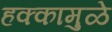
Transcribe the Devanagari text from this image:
हक्कामुळे